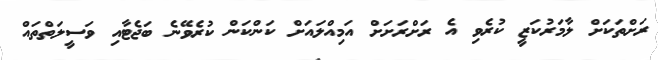
ރަށްތަކަށް ލާމަރުކަޒީ ކުރެވި އެ ރަށްރަށަށް އަމިއްލައަށް ކަންކަން ކުރެވޭނެ ބަޖެޓާއި ވަސީލަތްތައް